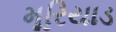
મૂરિયાડ